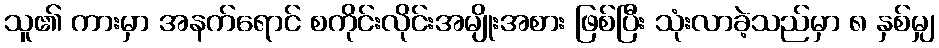
သူ၏ ကားမှာ အနက်ရောင် စကိုင်းလိုင်းအမျိုးအစား ဖြစ်ပြီး သုံးလာခဲ့သည်မှာ ၈ နှစ်မျှ